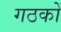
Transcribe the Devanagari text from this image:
गठकों